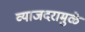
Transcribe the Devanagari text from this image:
व्याजदरामुळे